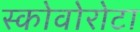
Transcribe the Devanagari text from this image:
स्कोवोरोटा